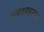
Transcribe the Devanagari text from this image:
प्रत्ययावरूनच